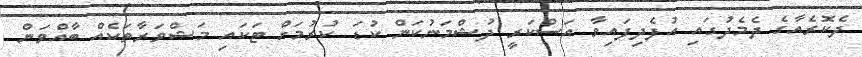
ދެކޮރެއާގެ ދެމެދުގައި އުފެދިފައިވާ އަސްކަރީ ދުޝްމަނުކަން ކުޑަ ކުރުމަށް ޓަކައި މަޝްވަރާތަކެއް ބާއްވަން